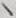
Text: 1